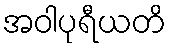
အဝါပုရီယတိ